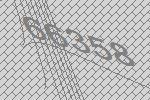
66358